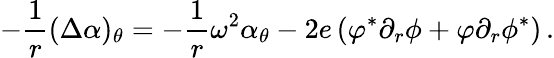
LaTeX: -\frac 1r(\Delta\alpha)_{\theta}=-\frac 1r\omega^{2}\alpha_{\theta}-2e\left(\varphi^{*}\partial_{r}\phi+\varphi\partial_{r}\phi^{*}\right)\, .